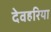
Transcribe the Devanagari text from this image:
देवहरिया